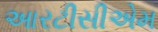
આરટીસીએમ